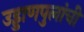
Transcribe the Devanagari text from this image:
उड्डाणपुलांची